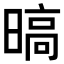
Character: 𣉞